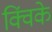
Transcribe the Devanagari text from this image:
क्विंके